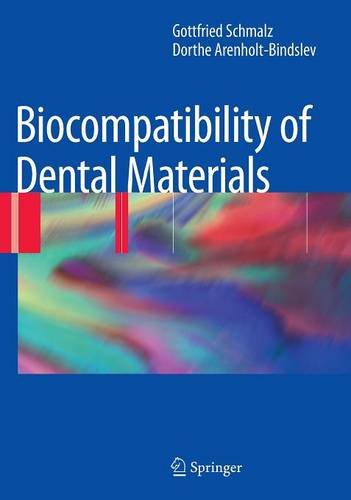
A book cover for Biocompatibility of Dental Materials; Gottfried Schmalz; Medical Books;